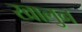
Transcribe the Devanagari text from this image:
खालुन